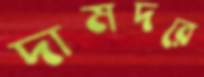
দামদরে